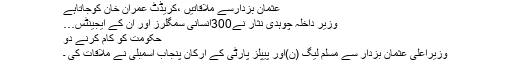
عثمان بزدارسے ملاقاتیں ،کریڈٹ عمران خان کوجاتاہے
وزیر داخلہ چوہدی نثار نے300انسانی سمگلرز اور ان کے ایجینٹس…
حکومت کو کام کرنے دو
وزیراعلیٰ عثمان بزدار سے مسلم لیگ (ن)اور پیپلز پارٹی کے ارکان پنجاب اسمبلی نے ملاقات کی ۔